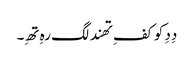
دِدِ کو کفِ تھند لگ رہِ تھِ۔